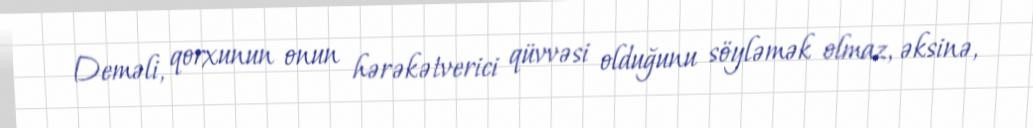
Deməli, qorxunun onun hərəkətverici qüvvəsi olduğunu söyləmək olmaz, əksinə,